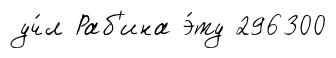
уч́л Раб'ина э́ту 296300